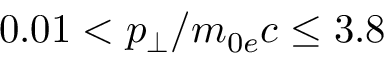
0 . 0 1 < p _ { \perp } / m _ { 0 e } c \leq 3 . 8